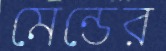
মেন্ডের